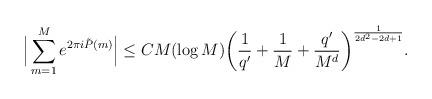
LaTeX: \begin{align*}\Big|\sum_{m = 1}^M e^{2\pi i \tilde{P}(m)} \Big| &\leq C M (\log M)\bigg(\frac{1}{q'} + \frac{1}{M} + \frac{q'}{M^d}\bigg)^{\frac{1}{2 d^2 - 2d +1}}.\end{align*}